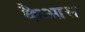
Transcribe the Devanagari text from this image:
कैआस